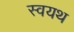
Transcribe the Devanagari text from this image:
स्वयथ